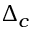
\Delta _ { c }